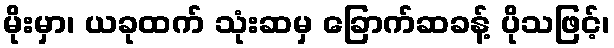
မိုးမှာ၊ ယခုထက် သုံးဆမှ ခြောက်ဆခန့် ပိုသဖြင့်၊